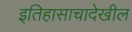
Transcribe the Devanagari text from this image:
इतिहासाचादेखील